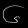
Digit: ၆